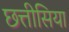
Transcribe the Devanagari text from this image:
छत्तीसिया